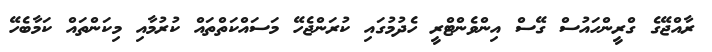
ރާއްޖޭގެ ގްރީންހައުސް ގޭސް އިންވެންޓްރީ ހެދުމުގައި ކުރަންޖެހޭ މަސައްކަތްތައް ކުރުމާއި މިކަންތައް ކަމާބެހޭ